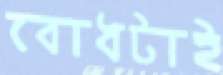
বোধটাই